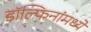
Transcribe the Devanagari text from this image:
डॉल्फिनांमध्ये